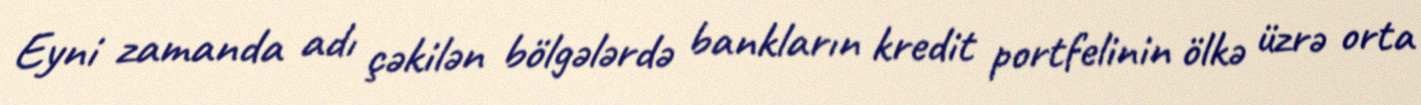
Eyni zamanda adı çəkilən bölgələrdə bankların kredit portfelinin ölkə üzrə orta